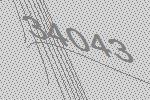
34043